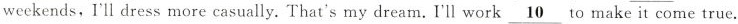
weekends,l’ll dress more casually. That's my dream.I'll work \underline{10} to make it come true